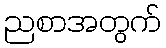
ညစာအတွက်